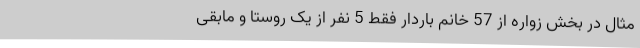
مثال در بخش زواره از 57 خانم باردار فقط 5 نفر از یک روستا و مابقی